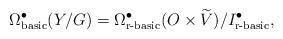
\begin{align*} \Omega^\bullet_\textup{basic} (Y/G) = \Omega^\bullet_\textup{r-basic} (O\times \widetilde{V}) / I^\bullet_\textup{r-basic},\end{align*}